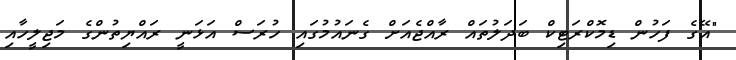
"އޭގެ ފަހުން ޑިމޮކްރަޓިކް ބަދަލުތައް ރާއްޖެއަށް ގެނައުމުގައި ހުރަސް އަޅަނީ ރައްޔިތުންގެ މަޖިލީހާއި